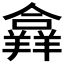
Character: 𦏐